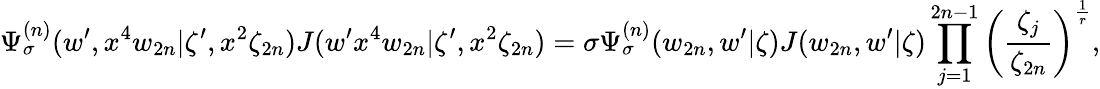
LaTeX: \Psi_{\sigma}^{(n)}(w^{\prime},x^{4}w_{2n}|\zeta^{\prime},x^{2}\zeta_{2n})J(w^{\prime}x^{4}w_{2n}|\zeta^{\prime},x^{2}\zeta_{2n})=\sigma\Psi_{\sigma}^{(n)}(w_{2n},w^{\prime}|\zeta)J(w_{2n},w^{\prime}|\zeta)\prod_{j=1}^{2n-1}\left(\frac{\zeta_{j}}{\zeta_{2n}}\right)^{\frac{1}{r}},